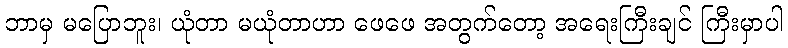
ဘာမှ မပြောဘူး၊ ယုံတာ မယုံတာဟာ ဖေဖေ အတွက်တော့ အရေးကြီးချင် ကြီးမှာပါ